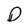
Character: D